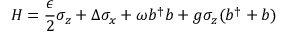
H = \frac { \epsilon } { 2 } \sigma _ { z } + \Delta \sigma _ { x } + \omega b ^ { \dagger } b + g \sigma _ { z } ( b ^ { \dagger } + b )